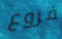
فروع